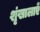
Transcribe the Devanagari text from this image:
शृंखालाएँ